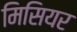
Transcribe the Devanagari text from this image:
मिसियर